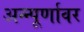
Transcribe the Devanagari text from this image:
अन्न्पूर्णावर